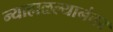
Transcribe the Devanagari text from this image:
न्याहाळल्यानंतर